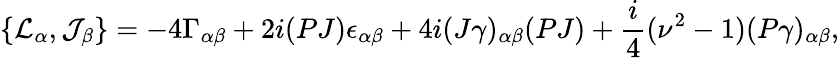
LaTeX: \{ {\cal L}_{\alpha},{\cal J}_{\beta}\} =-4\Gamma_{\alpha\beta}+2i(PJ)\epsilon_{\alpha\beta}+4i(J\gamma)_{\alpha\beta}(PJ)+\frac{i}{4}(\nu^{2}-1)(P\gamma)_{\alpha\beta},